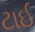
ટાઈ